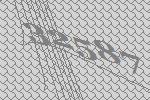
32587